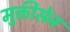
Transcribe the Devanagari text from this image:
मुक्तीसेन